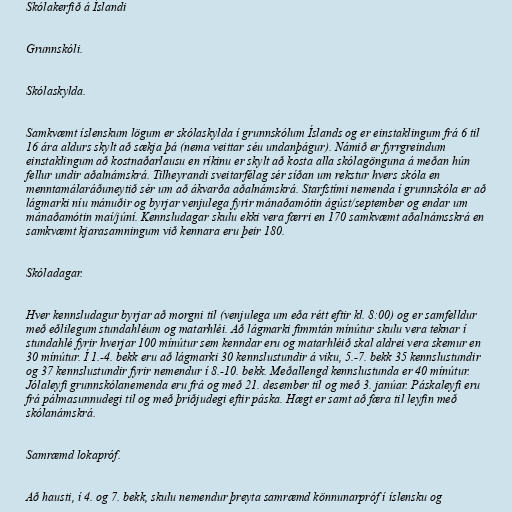
Skólakerfið á Íslandi

Grunnskóli.

Skólaskylda.

Samkvæmt íslenskum lögum er skólaskylda í grunnskólum Íslands og er einstaklingum frá 6 til
16 ára aldurs skylt að sækja þá (nema veittar séu undanþágur). Námið er fyrrgreindum
einstaklingum að kostnaðarlausu en ríkinu er skylt að kosta alla skólagönguna á meðan hún
fellur undir aðalnámskrá. Tilheyrandi sveitarfélag sér síðan um rekstur hvers skóla en
menntamálaráðuneytið sér um að ákvarða aðalnámskrá. Starfstími nemenda í grunnskóla er að
lágmarki níu mánuðir og byrjar venjulega fyrir mánaðamótin ágúst/september og endar um
mánaðamótin maí/júní. Kennsludagar skulu ekki vera færri en 170 samkvæmt aðalnámsskrá en
samkvæmt kjarasamningum við kennara eru þeir 180.

Skóladagar.

Hver kennsludagur byrjar að morgni til (venjulega um eða rétt eftir kl. 8:00) og er samfelldur
með eðlilegum stundahléum og matarhléi. Að lágmarki fimmtán mínútur skulu vera teknar í
stundahlé fyrir hverjar 100 mínútur sem kenndar eru og matarhléið skal aldrei vera skemur en
30 mínútur. Í 1.-4. bekk eru að lágmarki 30 kennslustundir á viku, 5.-7. bekk 35 kennslustundir
og 37 kennslustundir fyrir nemendur í 8.-10. bekk. Meðallengd kennslustunda er 40 mínútur.
Jólaleyfi grunnskólanemenda eru frá og með 21. desember til og með 3. janúar. Páskaleyfi eru
frá pálmasunnudegi til og með þriðjudegi eftir páska. Hægt er samt að færa til leyfin með
skólanámskrá.

Samræmd lokapróf.

Að hausti, í 4. og 7. bekk, skulu nemendur þreyta samræmd könnunarpróf í íslensku og